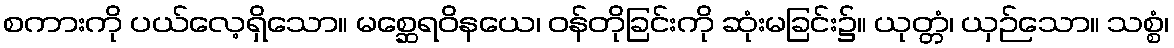
စကားကို ပယ်လေ့ရှိသော။ မစ္ဆေရဝိနယေ၊ ဝန်တိုခြင်းကို ဆုံးမခြင်း၌။ ယုတ္တံ၊ ယှဉ်သော။ သစ္စံ၊